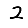
Digit: 2